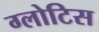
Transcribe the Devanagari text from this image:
ग्लोटिस